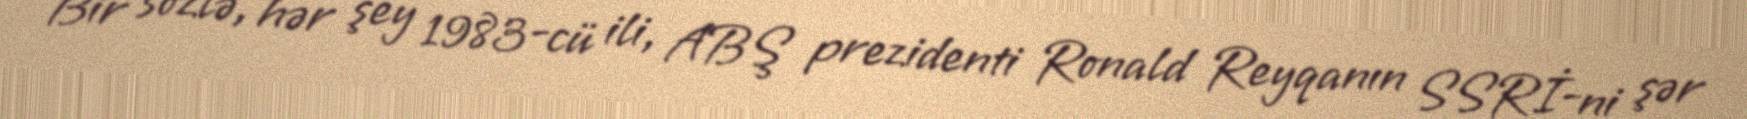
Bir sözlə, hər şey 1983-cü ili, ABŞ prezidenti Ronald Reyqanın SSRİ-ni şər